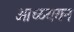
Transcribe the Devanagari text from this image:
आध्य्ययन